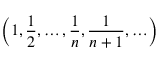
\left( 1 , { \frac { 1 } { 2 } } , \ldots , { \frac { 1 } { n } } , { \frac { 1 } { n + 1 } } , \ldots \right)